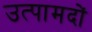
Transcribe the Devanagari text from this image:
उत्पामदों